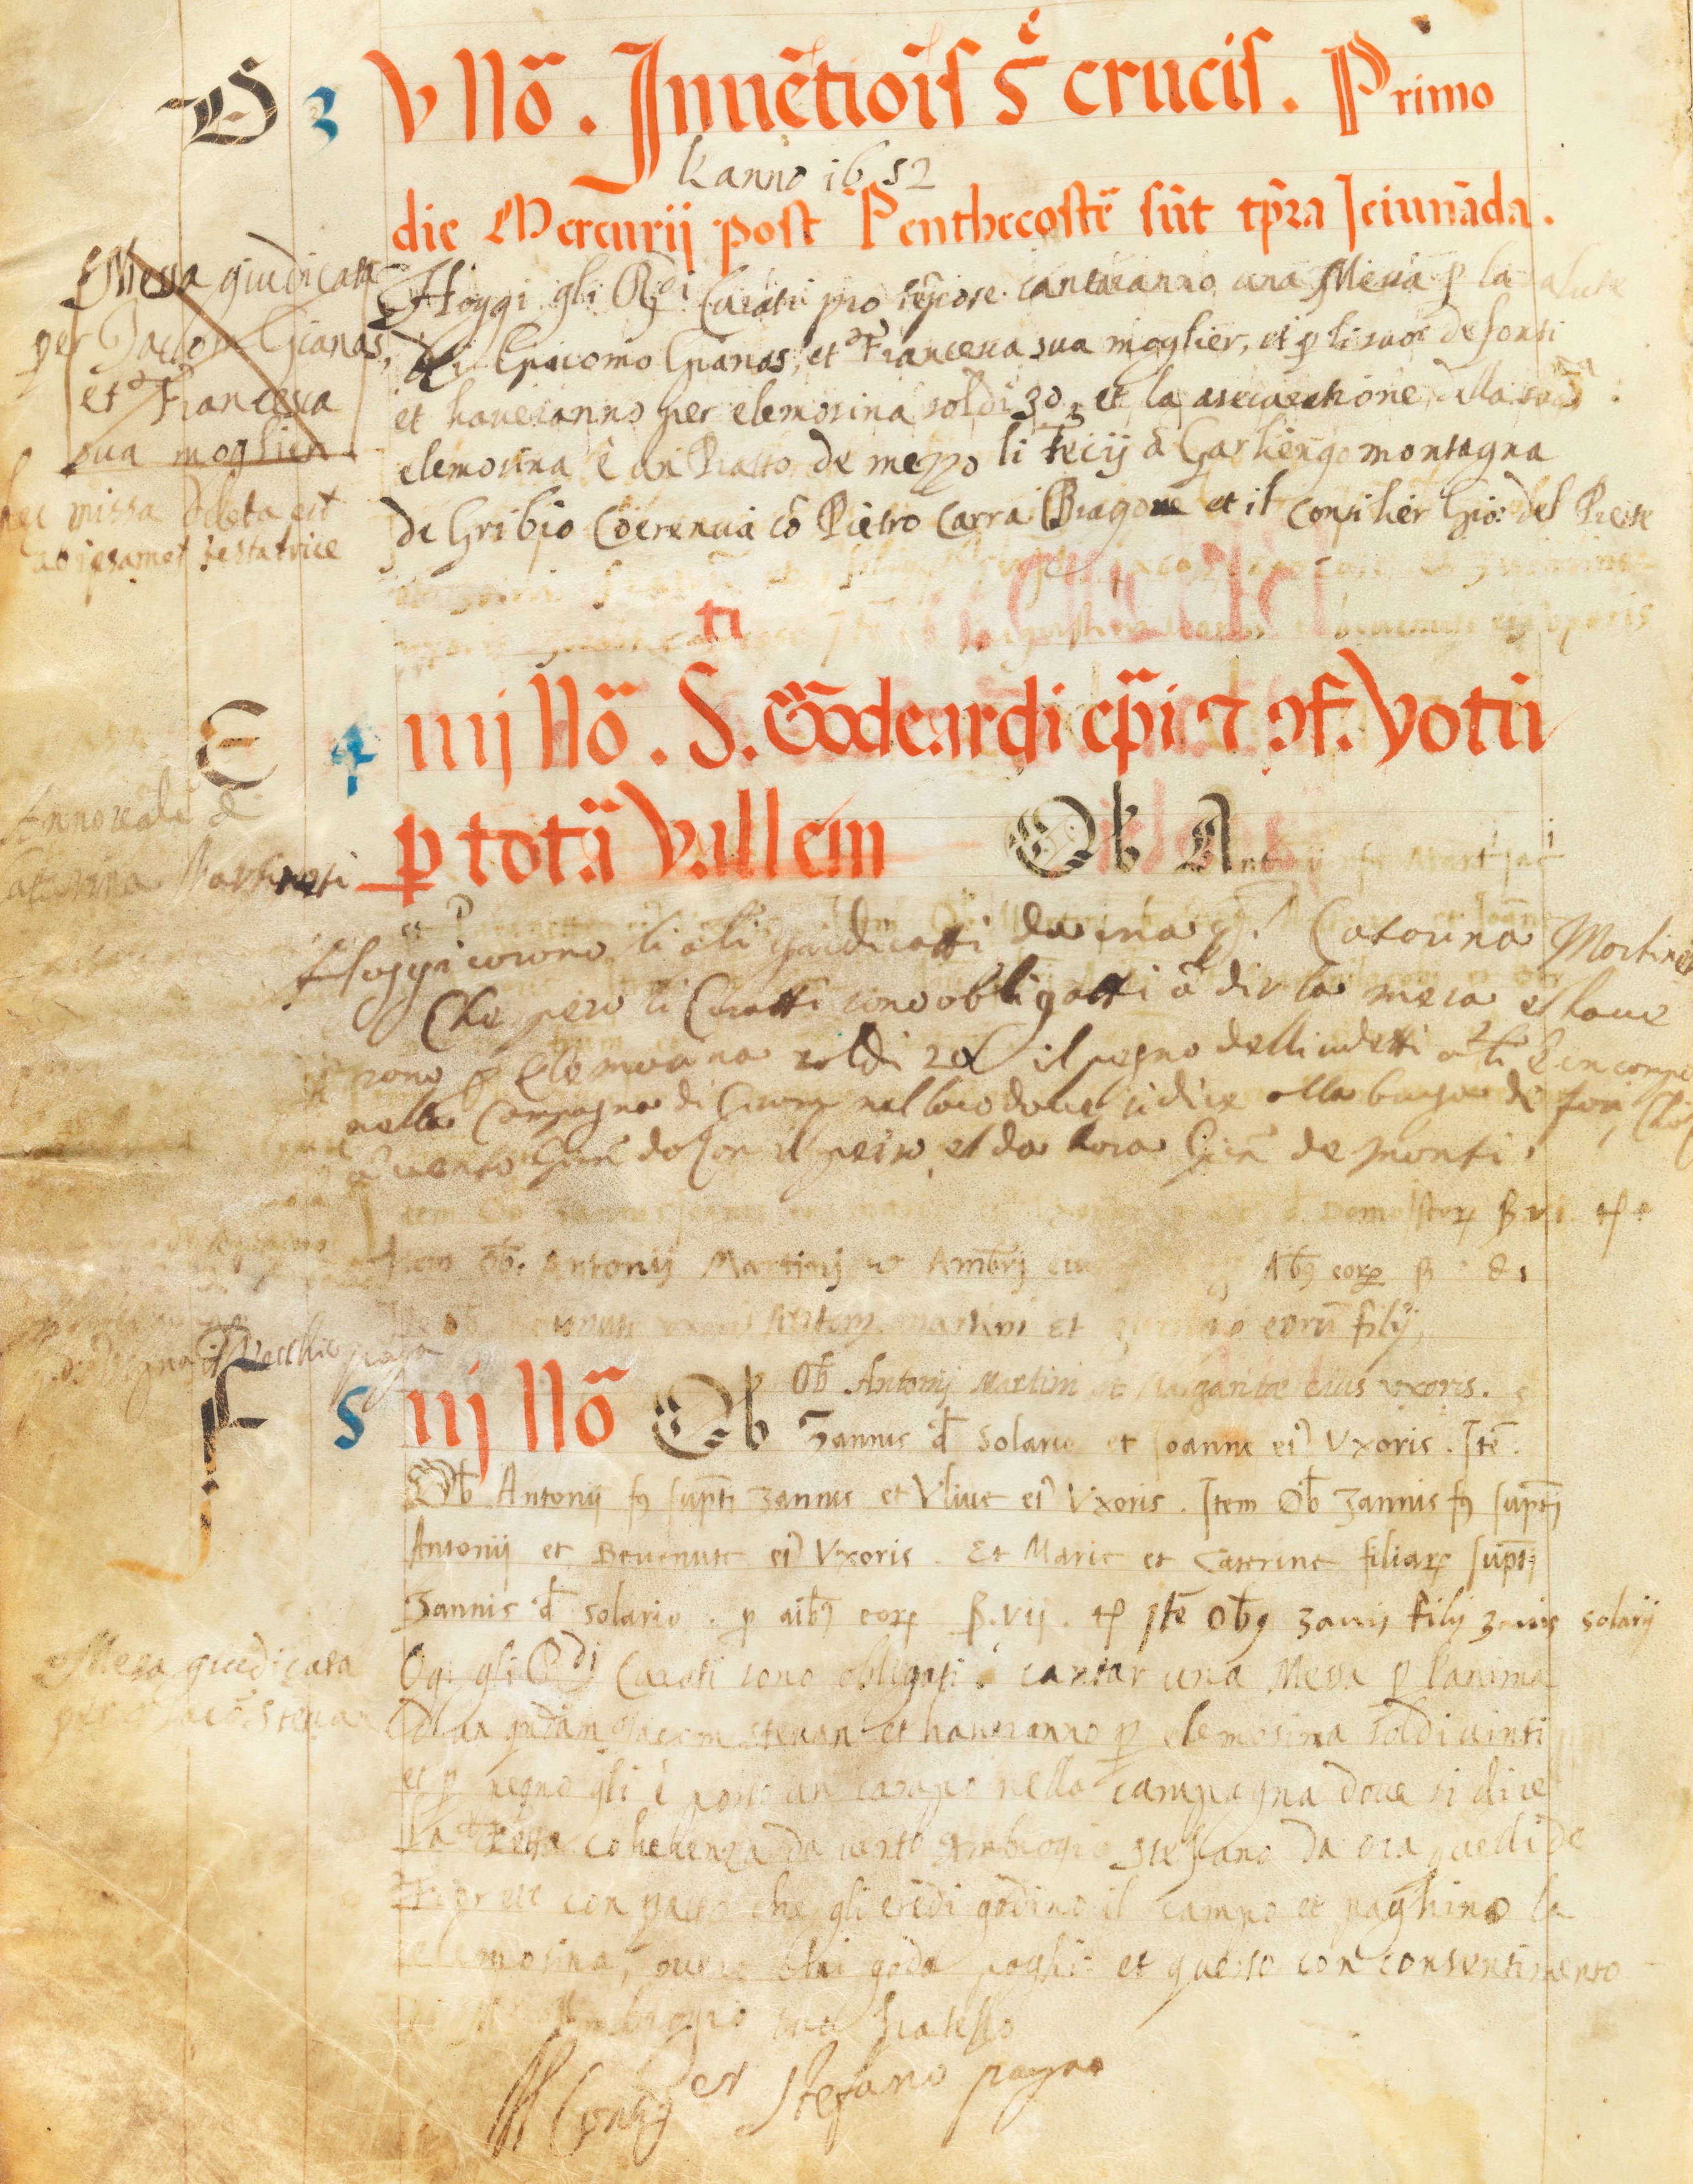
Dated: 1545–1555